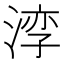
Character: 𪶧